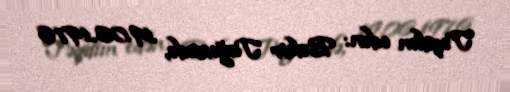
Təqdim edən: Bəkir Tağızadə, 19.06.1976